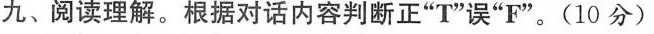
九、阅读理解.根据对话内容判断正"T"误"F".(10 分)